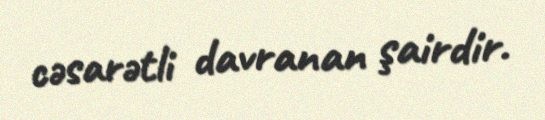
cəsarətli davranan şairdir.